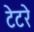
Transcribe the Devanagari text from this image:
टेटरे